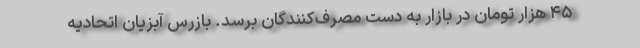
۴۵ هزار تومان در بازار به دست مصرف‌کنندگان برسد. بازرس آبزیان اتحادیه